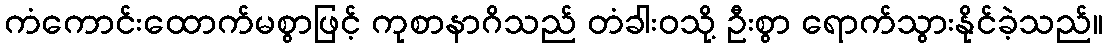
ကံကောင်းထောက်မစွာဖြင့် ကုစာနာဂိသည် တံခါးဝသို့ ဦးစွာ ရောက်သွားနိုင်ခဲ့သည်။